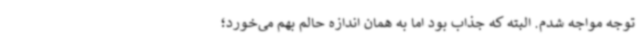
توجه مواجه شدم. البته که جذاب بود اما به همان اندازه حالم بهم می‌خورد؛